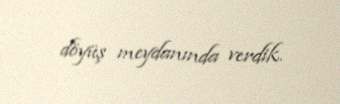
döyüş meydanında verdik.